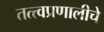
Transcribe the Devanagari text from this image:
तत्त्वप्रणालीचे